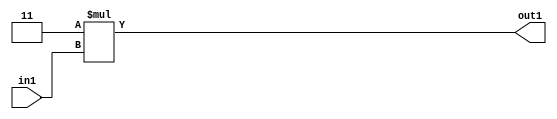
`timescale 1ps / 1ps
/*****************************************************************************
    Verilog RTL Description
    
    
    Created by: Stratus DpOpt 2019.1.01 
*******************************************************************************/

module SobelFilter_Mul2i3u2_1 (
	in1,
	out1
	); /* architecture "behavioural" */ 
input [1:0] in1;
output [3:0] out1;
wire [3:0] asc001;

assign asc001 = 
	+(4'B0011 * in1);

assign out1 = asc001;
endmodule

/* CADENCE  urb2SAE= : u9/ySgnWtBlWxVPRXgAZ4Og= ** DO NOT EDIT THIS LINE ******/